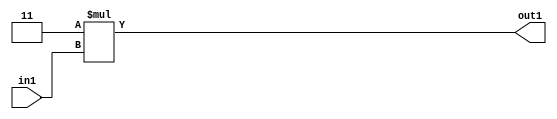
`timescale 1ps / 1ps
/*****************************************************************************
    Verilog RTL Description
    
    
    Created by: Stratus DpOpt 2019.1.01 
*******************************************************************************/

module SobelFilter_Mul2i3u2_1 (
	in1,
	out1
	); /* architecture "behavioural" */ 
input [1:0] in1;
output [3:0] out1;
wire [3:0] asc001;

assign asc001 = 
	+(4'B0011 * in1);

assign out1 = asc001;
endmodule

/* CADENCE  urb2SAE= : u9/ySgnWtBlWxVPRXgAZ4Og= ** DO NOT EDIT THIS LINE ******/